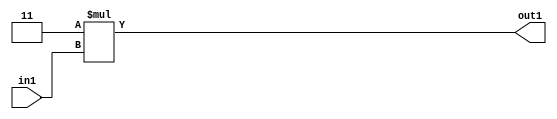
`timescale 1ps / 1ps
/*****************************************************************************
    Verilog RTL Description
    
    
    Created by: Stratus DpOpt 2019.1.01 
*******************************************************************************/

module SobelFilter_Mul2i3u2_1 (
	in1,
	out1
	); /* architecture "behavioural" */ 
input [1:0] in1;
output [3:0] out1;
wire [3:0] asc001;

assign asc001 = 
	+(4'B0011 * in1);

assign out1 = asc001;
endmodule

/* CADENCE  urb2SAE= : u9/ySgnWtBlWxVPRXgAZ4Og= ** DO NOT EDIT THIS LINE ******/